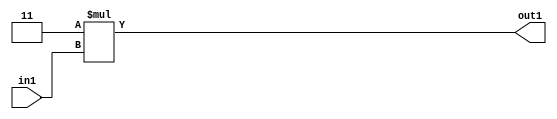
`timescale 1ps / 1ps
/*****************************************************************************
    Verilog RTL Description
    
    
    Created by: Stratus DpOpt 2019.1.01 
*******************************************************************************/

module SobelFilter_Mul2i3u2_1 (
	in1,
	out1
	); /* architecture "behavioural" */ 
input [1:0] in1;
output [3:0] out1;
wire [3:0] asc001;

assign asc001 = 
	+(4'B0011 * in1);

assign out1 = asc001;
endmodule

/* CADENCE  urb2SAE= : u9/ySgnWtBlWxVPRXgAZ4Og= ** DO NOT EDIT THIS LINE ******/